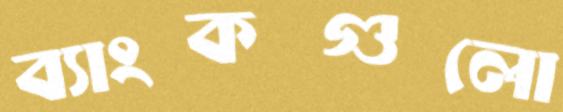
ব্যাংকগুলো